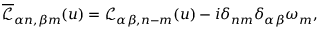
\overline { { \mathcal { L } } } _ { \alpha n , \beta m } ( u ) = \mathcal { L } _ { \alpha \beta , n - m } ( u ) - i \delta _ { n m } \delta _ { \alpha \beta } \omega _ { m } ,